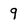
Character: 9